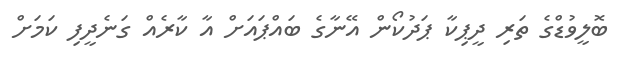
ބޮލީވުޑްގެ ތަރި ދީޕިކާ ޕަދުކޯން އޭނާގެ ބައްޕައަށް އާ ކާރެއް ގަނެދީފި ކަމަށް